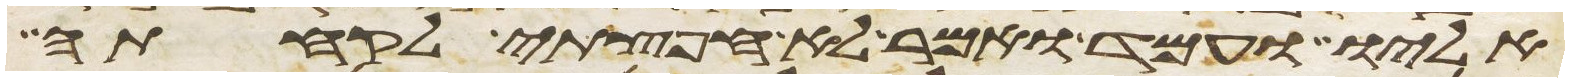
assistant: אליו ועמד ואמר לא חפצתי לקחתה